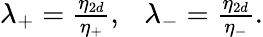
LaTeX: \begin{array}{r}{\lambda_{+}=\frac{\eta_{2d}}{\eta_{+}},~~~\lambda_{-}=\frac{\eta_{2d}}{\eta_{-}}.}\end{array}